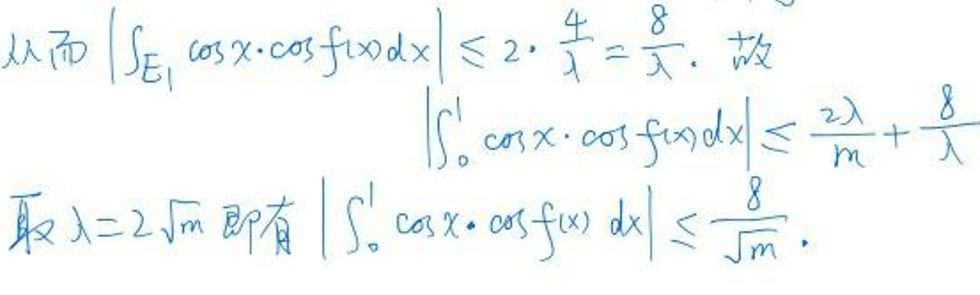
从而\(\left|\int_{E_1}\cos x\cdot\cos f(x)dx\right|\leq2\cdot\frac{4}{\lambda}=\frac{8}{\lambda}. \)故

\(\left|\int_{0}^{\lambda}\cos x\cdot\cos f(x)dx\right|\leq\frac{2\lambda}{m}+\frac{8}{\lambda}\)

取\(\lambda = 2\sqrt{m}\)即有\(\left|\int_{0}^{\lambda}\cos x\cdot\cos f(x)dx\right|\leq\frac{8}{\sqrt{m}}.\)